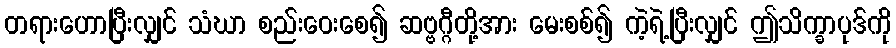
တရားဟောပြီးလျှင် သံဃာ စည်းဝေးစေ၍ ဆဗ္ဗဂ္ဂီတို့အား မေးစစ်၍ ကဲ့ရဲ့ပြီးလျှင် ဤသိက္ခာပုဒ်ကို